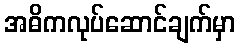
အဓိကလုပ်ဆောင်ချက်မှာ